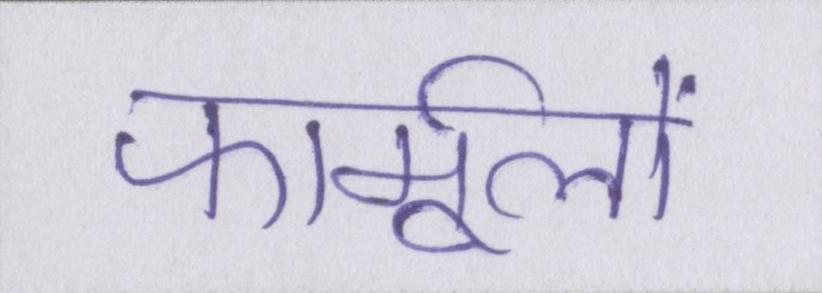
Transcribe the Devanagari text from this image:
फार्मूलों